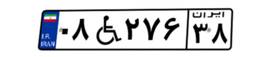
۰۸W۲۷۶۳۸